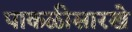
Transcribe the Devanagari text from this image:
पाकळीसारखे